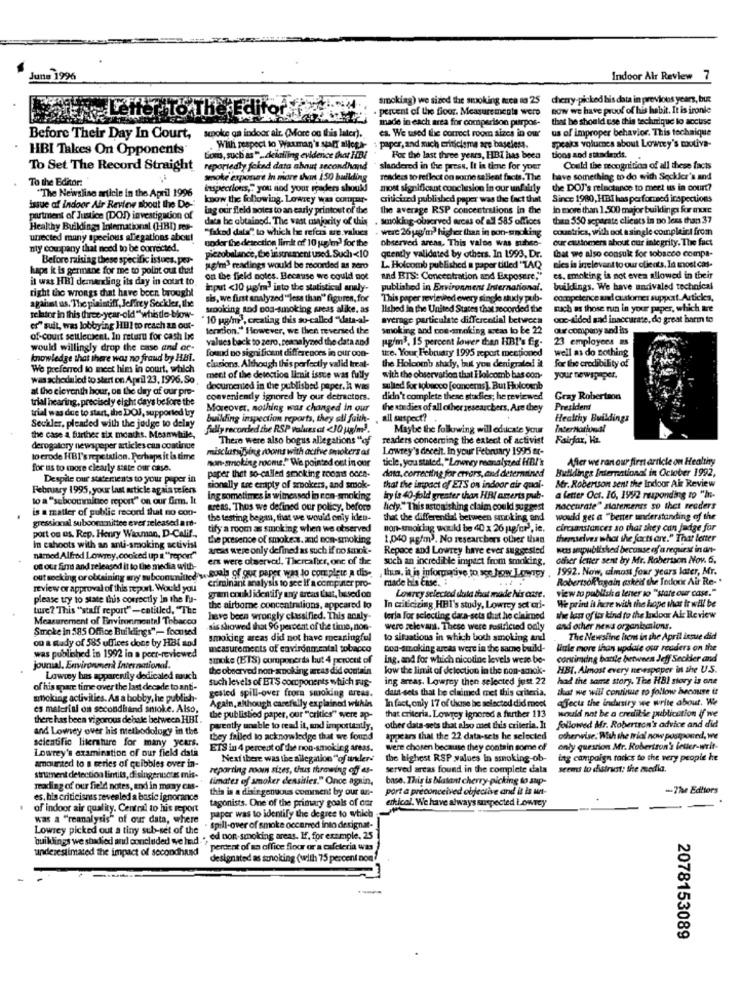
June 1996
Indoor Air Review 7
smoking) we sized the smoking teca to 25
cherry-picked his data in previous years, bux
lifor
percent of the floor. Measurements were
now we have proof of his habit. It is ironle
made in each area for comparison purpos-
that he should use this technique lo accuse
ca. We used the correct room sizes in our
us of improper behavior. This technique
Before Their Day In Court,
sepoke qa indoor air. (More on this later).
speaks volumes about Lowrey's motiva-
HBI Takes On Opponents
With respect to Waxman's sport allora
paper, and mich criticisme are baseless.
Som, such as " .. delailing evidence that HBI
For the last three years, HBI has been
tions and standards.
To Set The Record Straight
reportedly fakad data about secondhand
slandered in the press, It is time for your
Could the recognition of all these facts
To the Editor:
smoke exponet In more than 150 building
readers to reflect on some salleat facts. The
have something to do with Seckler's and
"The Newslise article in the April 1996
inspections," you and your readers should
most significant conclusion in our unfairly
the DOJ's reinotance to meet us in court?
issue of Indoor Air Review about the De-
know the following. Lowrey was compar.
criticiand published paper was the fact that
Since 1980, HBI has performed inspections
Lag our fleld notes to an early printout of the
the average RSP concentrations in the
in more than 1.500 major buildings f xxc
partment of Justice (DOS) investigation of
daca be obtained. The vast majority of this
. smoking-observed arcas of all 585 offices
than 550 separate clients in no less than 37
Healthy Buildings International (HBI) res-
"fakad dala" to which he refers are.values
wwe 26jag'm? higher than in son-smoking
countries, with not a single complaint from
unected many specious allegations about
under the detection limit of 10 upim) for the
observed areas, This valse was suhee-
our customers about cur integrity. The fact
nty company that need to be corrected.
that we also consul for tobacco compa-
Before raising these specific issues. por-
piezobalance, te insonument used. Such <10
quently validated by others. In 1993, Dr.
haps it is germane for me to point out that
po'm"> readings would be recorded as zero
L. Holcomb published a paper titled 'TAQ
sies is inrelevant to our clients, In most cas-
it was HBI demanding its day in court to.
on the field notes. Because we could not and BTS: Concentration and Exposure."
es. smoking is not even allowed in their
right the wrongs that have been brought
input <10 up'm into the statistical analy-
published in Environment International.
buildings. We have unrivaled technical
sis, we first analyzed ""less than" figuren, for
This paper reviewed every single study pub-
competence and customer support Articles,
against us. The plaintiff, Jeffrey Seckler, the
smoking and non-smoking areas alike. as
lished in the United States that recorded the
much as those run in your paper, which tre
relator in this three-year-old "whistle-blow-
"10 g/m), creating this so-called "data-al-
average particulate differential between
ooc-sided and inaccurate, de great harin to
er" suit, was lobbying HEI to reach as out-
termtion." However, we then reversed the
smoking and con smoking areas to be 22
our company and iss
of-court settlement. In return for cash be
values back to zero, reanalyzed the data and
pag/m3. 15 percent lower than HBI's fg-
23 employees #s
would willingly drop the case and ac-
found no significant differences in our oon-
well as do nothing
knowledge that there was no fraud by HBI.
tre. Your February 1995 report mentioned
for the credibility of
We preferred to meet him in court, which
clusions. Although this perfectly valid Irc.al-
the Holcomb study, lait you denigrated it
was scheduled to start on April 23, 1996. So
ment of the detection limit issue was fully
with the observation that Holcomb bas con-
your newspaper.
at the cieronth hour, on the day of our pre-
documented in the published paper, k was
sulted for tobacco [concerns], But Holcomb
trial hearing, precisely eight days before the
conveniently ignored by our detractors.
didn't complete these studies; he reviewed
Gray Robertson
trial was due to start, the DOJ, supported by
Moreover, nothing was changed in our
the studies of all other researchers, Are they
Prezident
building inspection reports, they all fuith-
all suspect?
Healthy Buildings
Seckler, pleaded with the judge to delay
fully recorded the RSP values at <30 g/m2 .
Maybe the following will educate your
International
the case a further six months. Meanwhile,
There were also bogus allegations "of
readers concerning the extent of activist
Fairfax, Ha.
derogatory newspaper articles can continue
misclassifying rooms with active smokers as
Lowrey's decelt. In your February 1995 er-
to erode HBI's repetation. Perhaps it is time
non-smoking rooms." We pointed out in our
ticle, you stated,"Lowrey reanalyzed HBI's
After we ran our first article on Healthy
for us to more clearly siste our case.
data, correcting for errors, and determined
Buildings International in October 1992,
Despite our statements to your paper in
paper that so-called smoking rooms occa-
Mr. Robertson sent the Indoor Air Review
February 1995, your last article agala refers
sionally tre empty of spokers, and smok-
that the impact of ETS on indoor air quai-
to a "sebcommitice report" on our firm. It
Ing sometimes is witnessed in non-smoking
try is 40 fold greater than Hi amerts pub-
a letter Oct. 16, 1992 responding to "In-
is a matter of public record that no con-
areas. Thus we defined our policy, before
Achy." This astonishing claim could suggest
"accurate" statements so thet readers
gressional subcommittee ever released a ro-
the testing began, that we would only iden-
that the differential between smoking and
would get a "better understanding of the
tify a room as smoking when we observed
non-smoking would be 40 x 26 g/m3, ie.
cinquantstances so that they can Judge for
port og us. Rep. Henry Waxman, D-Calif .,
the presence of smoke ... and non-smoking
1,040 gg/m3. No researchers other than
themselves what the facts are." That Better
In cahoots with an anti-smoking activist
arcat were only defined as such if no sanok-
Repoce and Lowrey have ever suggested
wets ampublished because of a request in an-
named Alfred Lowrey, cooked up & "repor!"
ers were observed. Thereafter, one of the
such an incredible impact from smoking.
other letter sent by Mr. Robertson Nov. 6.
out seeking or obtaining any mu bcommitted'ye soals of gur paper was to complete a dise
on our firms and released it to the media with-
,thurs, ia is informative to see how Longy , 1992. Now, almost four years later, Mr.
1992. Now, almost four years later, Mr.
criminant analysis to see If a compinter pro-
made his Case. :
Robertsokagain asked the Todocir Aur Re- .
review or approval of this report. Would you
view to publish a lener io "state our case."
please try to state this correctly In the fu-
gram could identify any arcas Lust, based on
Lowrey selected sluta that made his case.
We print it here with the hope that ir will be
ture? This "staff report"-entitled, "The
the airbome concentrations, appeared to
In criticizing HHI's study, Lowrey set ori-
Measurement of Environmental Tobacco
have been wrongly classified. This analy-
terla for selecting dara-sets daut he claimed
the last of its kind to the Indoor Air Review
Smoke in 585 Office Buildings" -- focused
sis showed that 96 percent of the time, non-
were relevant. These were restricted only
and other nena organismsions.
ou a study of 585 uffices done by HBI sod
smoking areas did not have meaningful
to situations in which both smoking and
The Newsline hent in the April isque did
measurements of environmmtal tobacco
bon-smoking arcas were in the same build-
little more than update our readers on the
was published in 1992 in a port-reviewed
smoke (ETS) componerda but 4 percent of
Ing. and for which nicotine levels were be-
continuing bante between Jeff Secker and
journal, Environmerà International.
the observed non-smoking icas did contain
low the limit of delection in the non-amak-
HBI. Almost every nevespaper in the U.S.
Lowwy has apparently dedicaled much
such levels of BTS components which sus-
ing areas. Lowrey then selected just 22
had the same story. The HBI story is one
of his spare time over the last decade to anti-
data sets that he claimed met this criteria.
that we will continue to follow because it
arboking activities. As a bobby, he publish-
gested spill-over from smoking areas.
In fact, only 17 of those be selected did most
ajects the industry we write about. We
es material on secondhand smoke. Also,
Again, although carefully explained within
there has been vigorous debale between HBI.
the published paper, our "critics" were ap-
that criteria, Lowrey Ignored a further 113
would not be a credible publication if we
and Lowrey over his methodology in the
pyently unable to read it, and importantly,
other data-sets that also met this criteria. It
followed Mr. Robertson's advice and did
scientific literature for many years.
they falled lo acknowledge that we found
appears that the 22 data-sets he selected
otherwise. With the Trial now postponed, we
Lowrey's examination of our fick dath
ETS in 4 percent of the non-smoking areas.
were chosen because they contain some of
only question Mr. Robertson's letter-writ-
Next there was the allegation "of unkler-"
the highest RSP walues in ssmoking-ob-
tag campaign taries to the very people he
amounted to a series of quibbles over in-
reporting zoom sizes, thus throwing off as-
served arcas found in the complete data
seems to distrust: the media.
strument detection limits, di singerusous mis-
timates of smoker densities." Once again,
base. This is blatant cherry picking to aup-
Trading of our field notes, and in many cas-
this is a disingenuous comment by our an-
port a preconceived objective and it is unt-
-The Editors
es. his criticisnes revealed a basic ignorance
tagonists. One of the primary goals of our
erkical. We have always suspected Lowrey
of indoor air quality. Central to his report
- -
was a "reanalysis" of our data, where
paper was to identify the degree to which
Lowrey picked out a tiny sub-set of the
- spill-over of smoke occurred into designat-
buildings we shadied and concluded we Ind ., &d DOR-smoking areas. If, for example, 25
underestimated the impact of secondhand
"percent of an office floor or a cafeteria was
designated as sunoking (with 75 percent non
2078153089